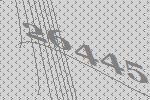
26445